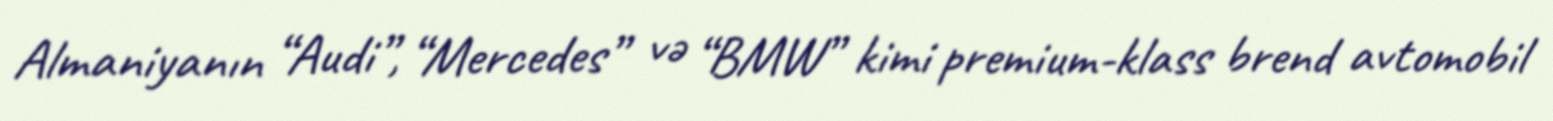
Almaniyanın “Audi”, “Mercedes” və “BMW” kimi premium-klass brend avtomobil